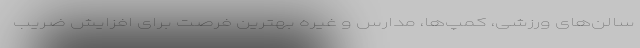
سالن‌های ورزشی، کمپ‌ها، مدارس و غیره بهترین فرصت برای افزایش ضریب